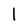
Character: 1